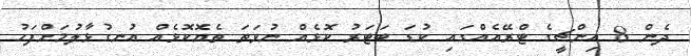
ދެން 8 އިންޗީގެ ޓްރޭއެއްގައި ކުޑަ ބަޓަރު ކޮޅެއް ނުވަތަ ތެޔޮކޮޅެއް އުނގުޅާލުމަށްފަހު